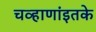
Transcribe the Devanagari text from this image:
चव्हाणांइतके